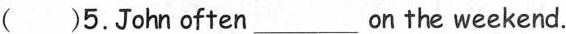
( )5. John often ___ on the weekend.